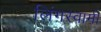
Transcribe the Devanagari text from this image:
लिंगस्वामी